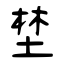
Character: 埜